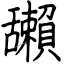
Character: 𦧺